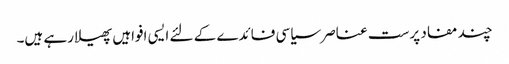
چند مفاد پرست عناصر سیاسی فائدے کے لئے ایسی افواہیں پھیلا رہے ہیں۔